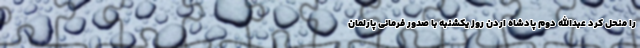
را منحل کرد عبدالله دوم پادشاه اردن روز یکشنبه با صدور فرمانی پارلمان